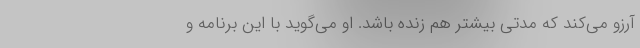
آرزو می‌کند که مدتی بیشتر هم زنده باشد. او می‌گوید با این برنامه و